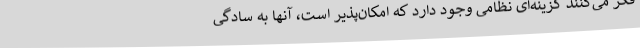
فکر می‌کنند گزینه‌ای نظامی وجود دارد که امکان‌پذیر است، آنها به سادگی